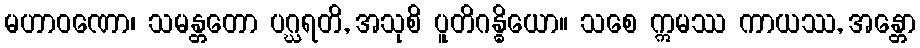
မဟာဝဏော၊ သမန္တတော ပဂ္ဃရတိ, အသုစိ ပူတိဂန္ဓိယော။ သစေ ဣမဿ ကာယဿ, အန္တော